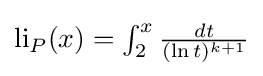
{\textstyle \operatorname {li} _{P}(x)=\int _{2}^{x}{\frac {dt}{(\ln t)^{k+1}}}}